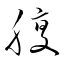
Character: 腹